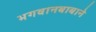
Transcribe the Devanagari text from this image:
भगवानबाबाने